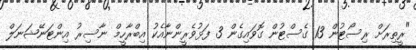
"ރީތިރަށް ރިސޯޓުން 13 ގެސްޓުން ގޮވައިގެން 3 ފަޅުވެރީންނާއެކު އިބްރާހީމް ނާސިރު އިންޓަނޭޝަނަލް